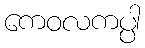
ကေဝလကပ္ပါ